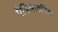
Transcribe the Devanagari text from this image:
पैपिलाइटिस